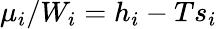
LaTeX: \mu_{i}/W_{i}=h_{i}-Ts_{i}